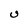
Character: U